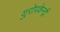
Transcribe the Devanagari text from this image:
युरोपकेन्द्री